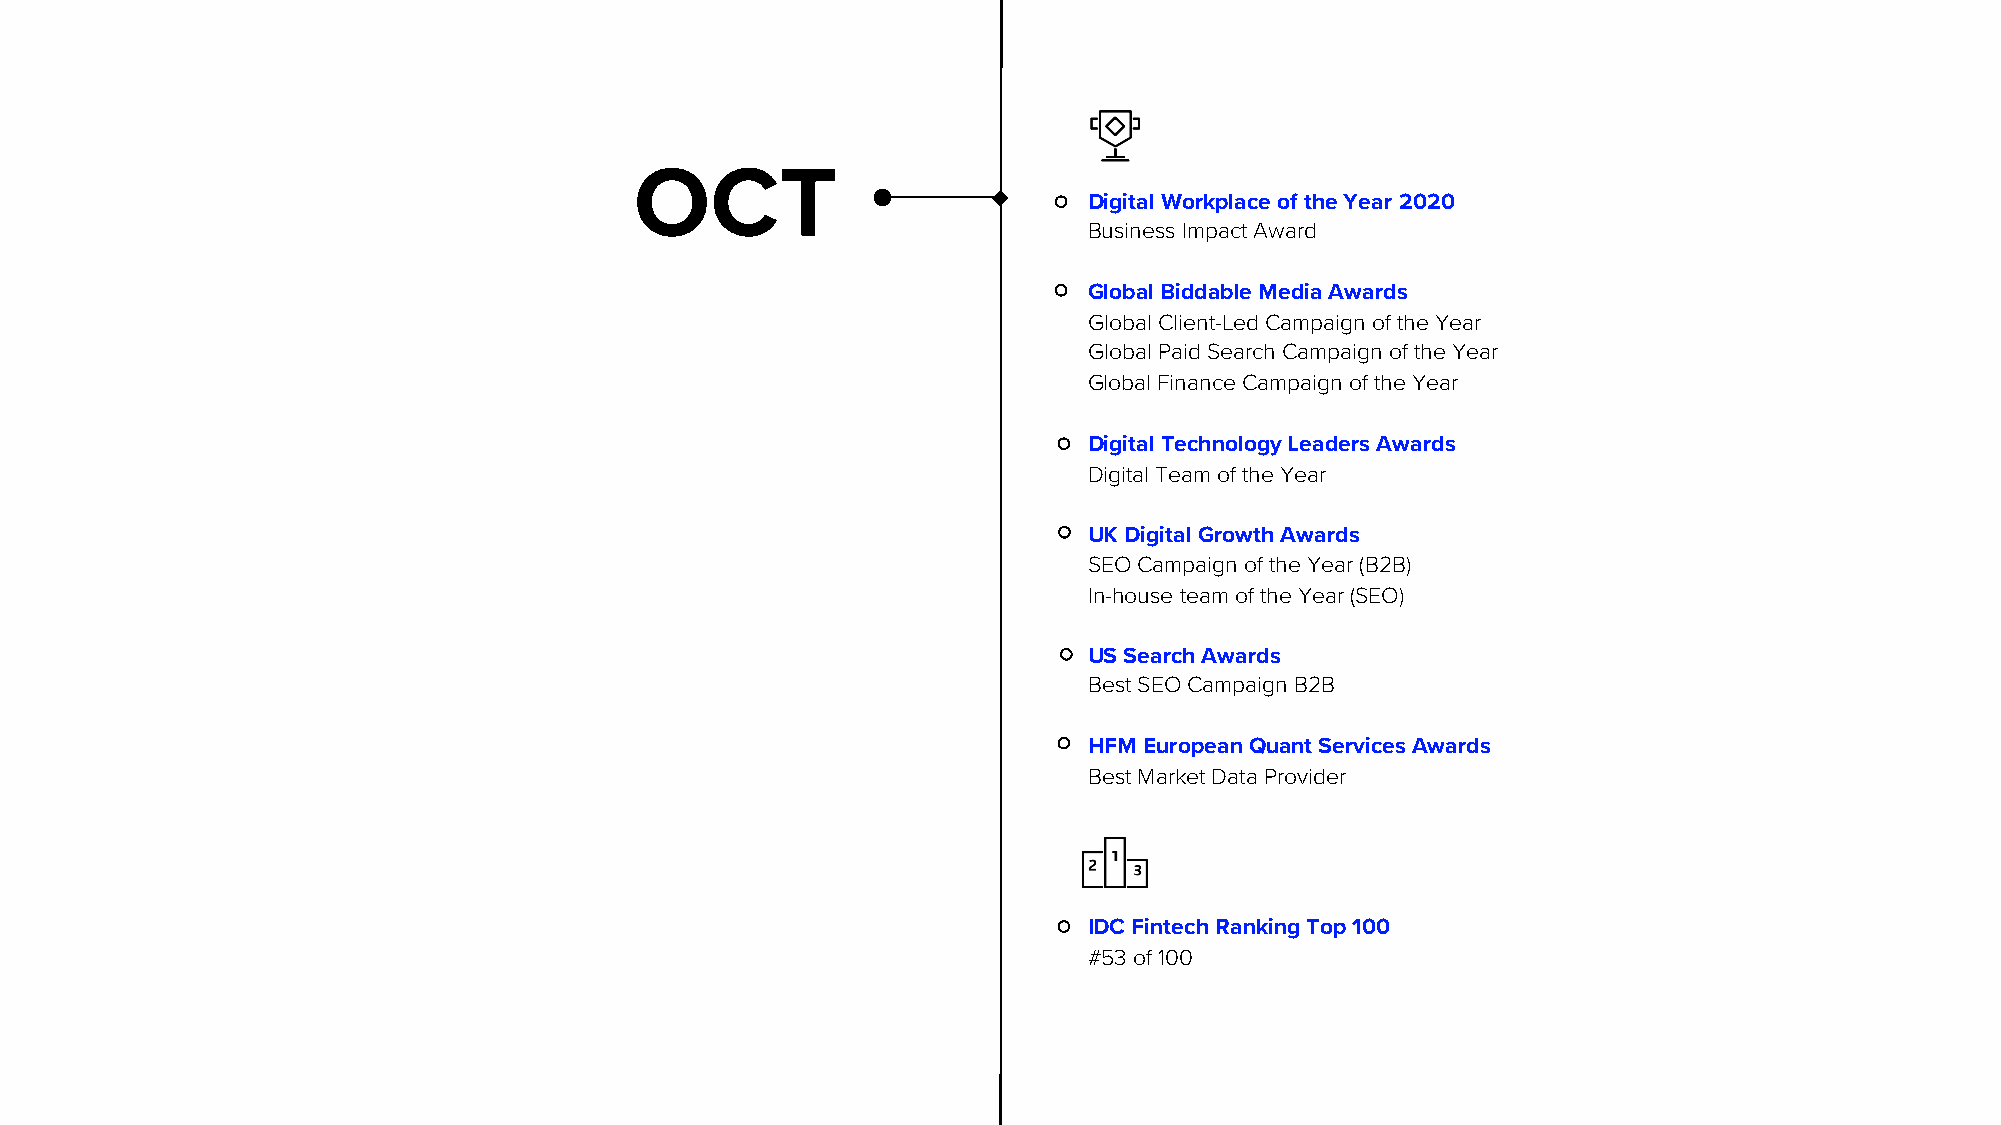
OCT
 Digital Workplace of the Year 2020
 Business Impact Award
 Global Biddable Media Awards
 Global Client-Led Campaign of the Year
 Global Paid Search Campaign of the Year
 Global Finance Campaign of the Year
 Digital Technology Leaders Awards
 Digital Team of the Year
 UK Digital Growth Awards
 SEO Campaign of the Year (B2B)
 In-house team of the Year (SEO)
 US Search Awards
 Best SEO Campaign B2B
 HFM European Quant Services Awards
 Best Market Data Provider
 IDC Fintech Ranking Top 100
 #53 of 100